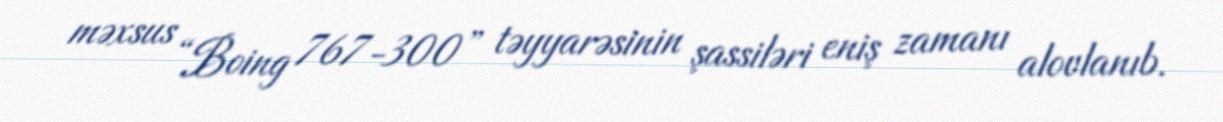
məxsus “Boing 767-300” təyyarəsinin şassiləri eniş zamanı alovlanıb.